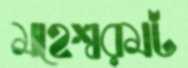
মহেশ্বরমট